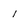
Character: 1